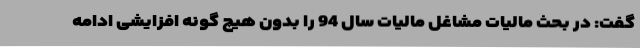
گفت: در بحث مالیات مشاغل مالیات سال 94 را بدون هیچ گونه افزایشی ادامه